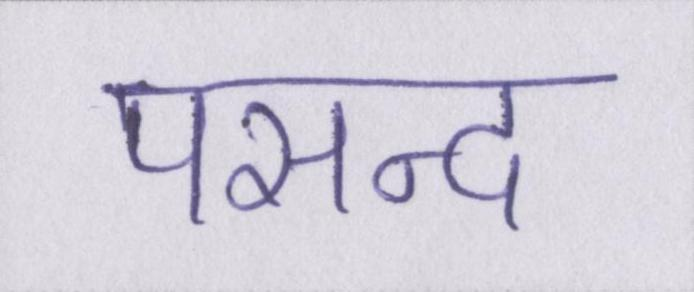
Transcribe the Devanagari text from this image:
पसन्द